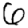
Digit: 6